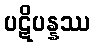
ပဋိပန္နဿ